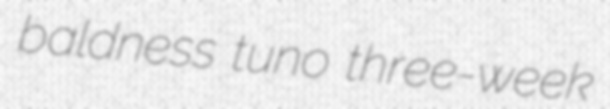
baldness tuno three-week